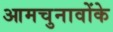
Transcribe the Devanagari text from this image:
आमचुनावोंके